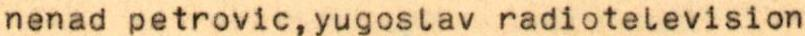
nenad petrovic,yugoslav radiotelevision